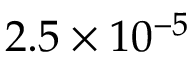
2 . 5 \times 1 0 ^ { - 5 }